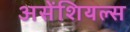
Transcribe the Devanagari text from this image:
असेंशियल्स